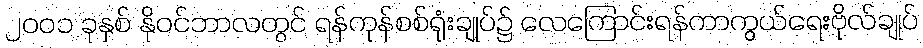
၂၀၀၁ ခုနှစ် နိုဝင်ဘာလတွင် ရန်ကုန်စစ်ရုံးချုပ်၌ လေကြောင်းရန်ကာကွယ်ရေးဗိုလ်ချုပ်